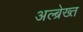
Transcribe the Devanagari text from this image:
अल्ब्रेख्त